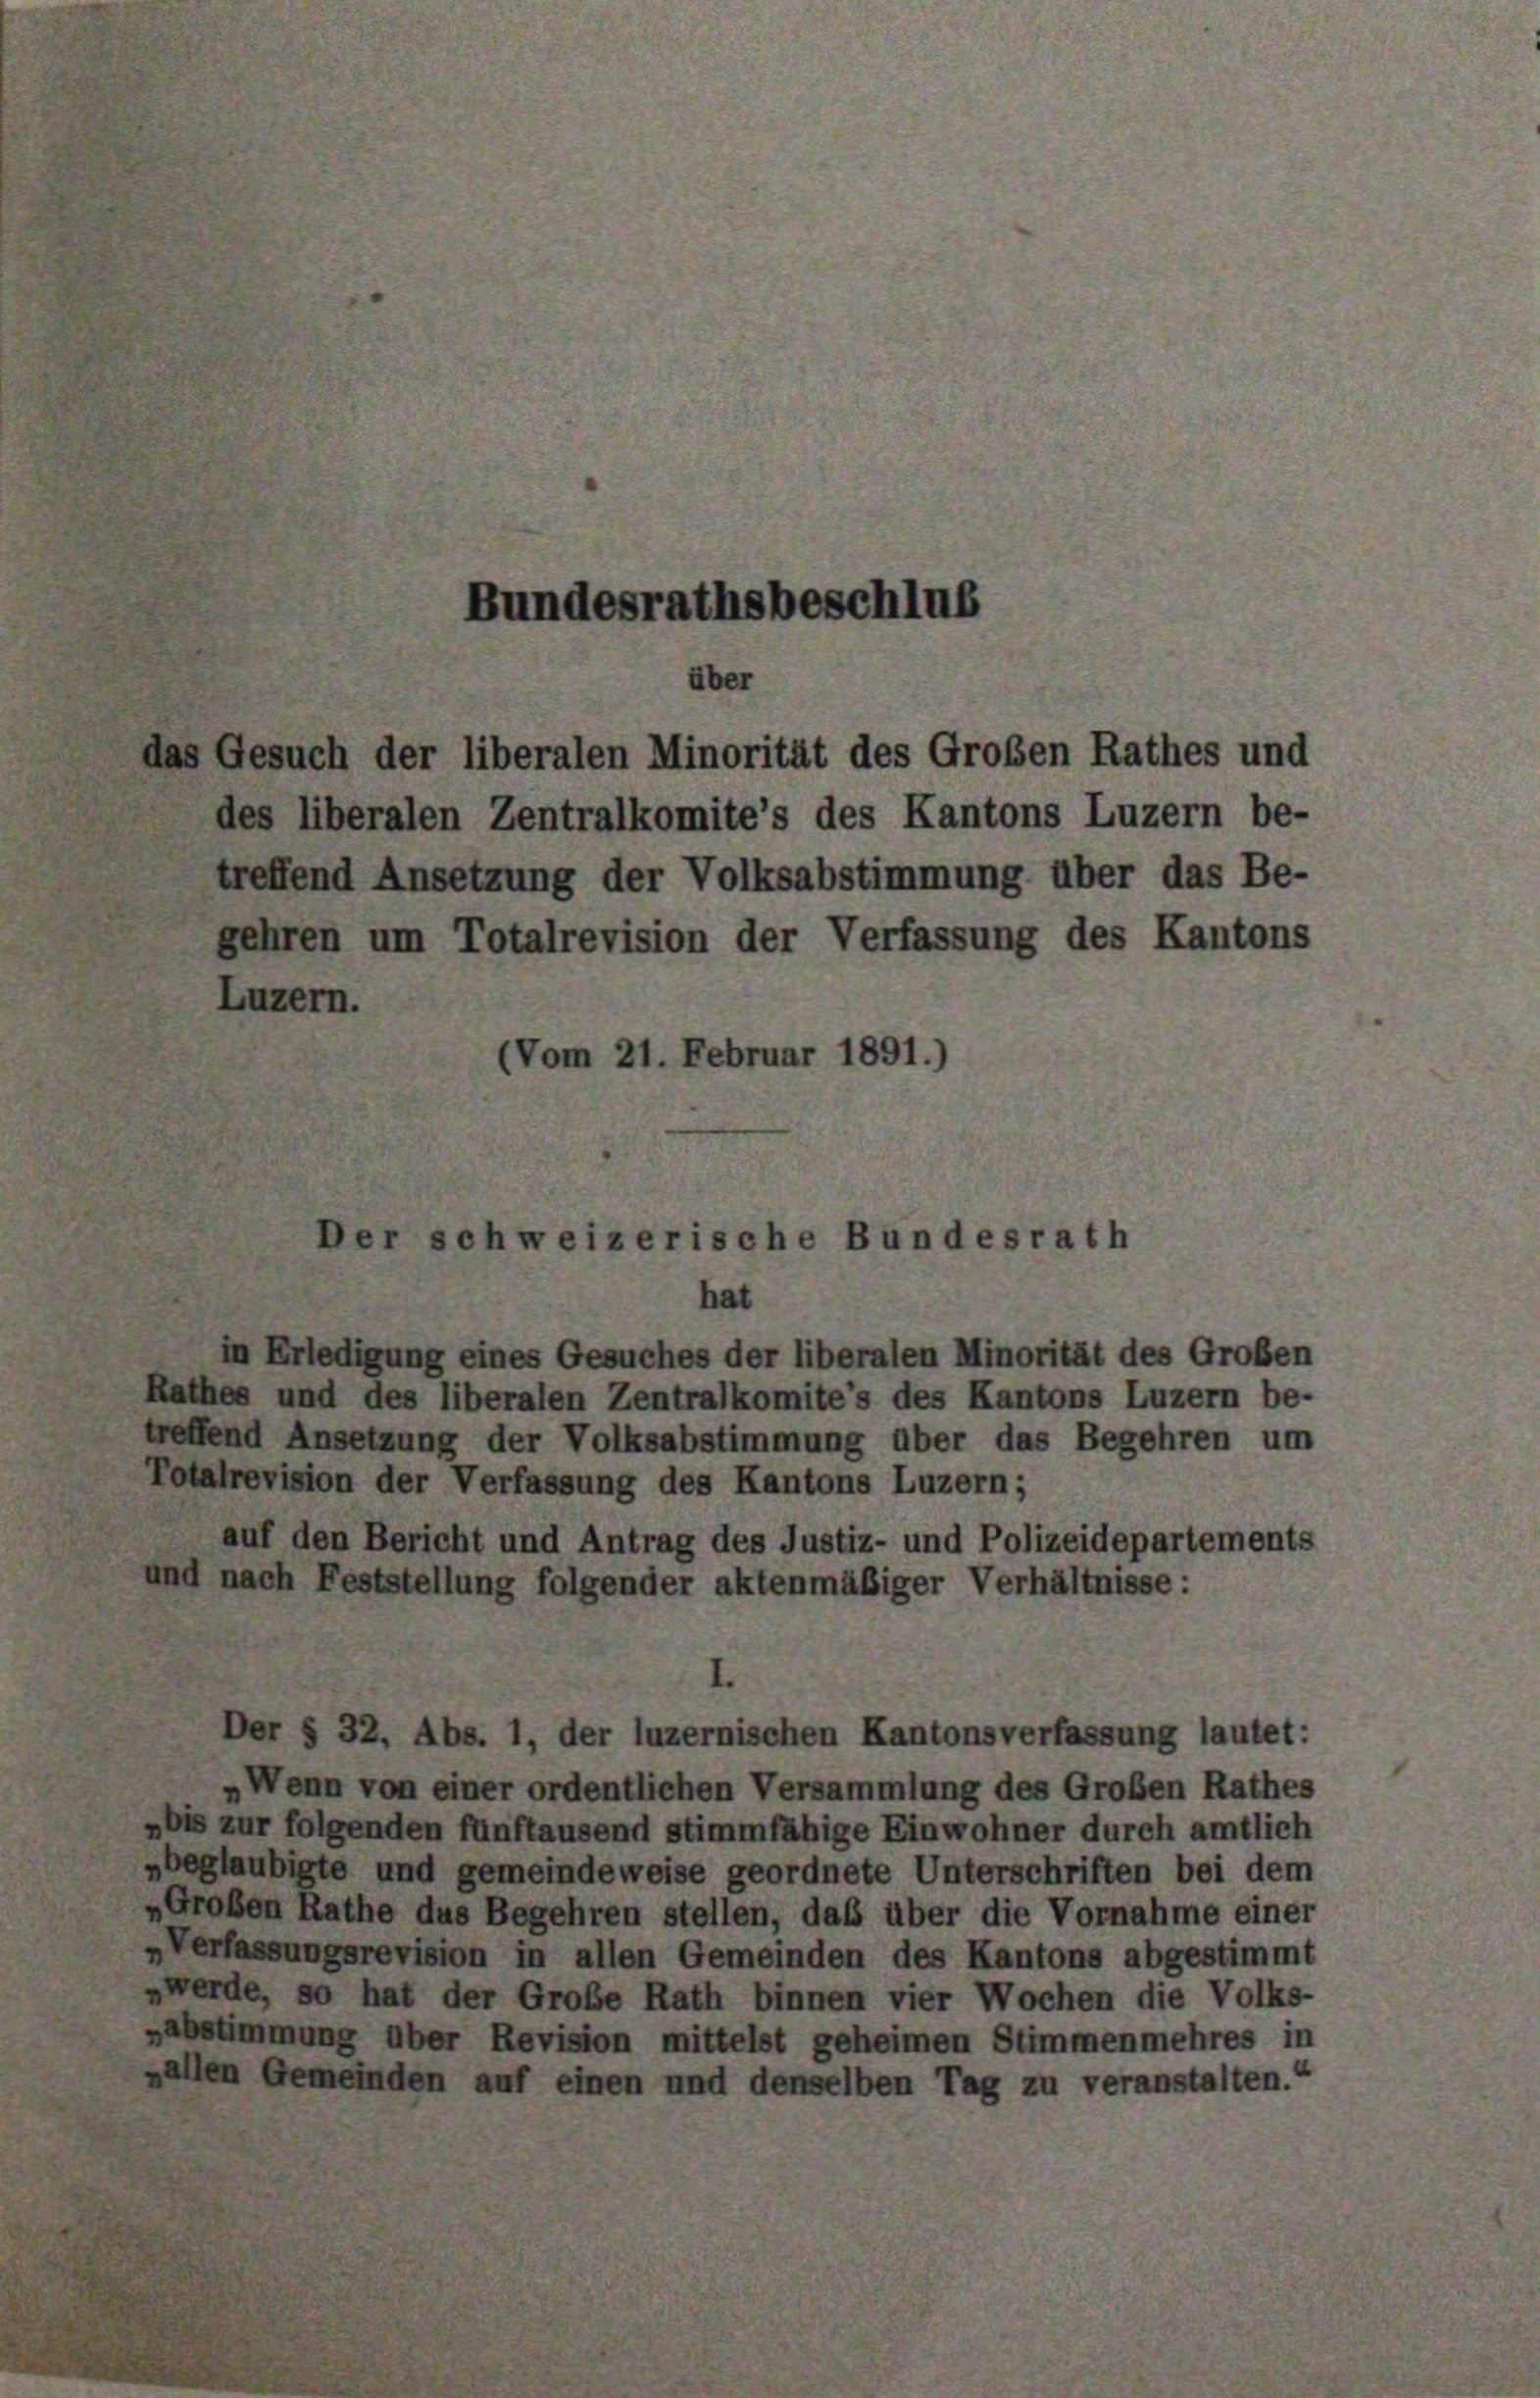
Luzern.

Bundesrathsbeschlus
über
das Gesuch der liberalen Minorität des Großen Rathes und

des liberalen Zentralkomite’s des Kantons Luzern be-
treffend Ansetzung der Volksabstimmung über das Be-
gehren um Totalrevision der Verfassung des Kantons
(Vom 21. Februar 1891.)

Der schweizerische Bundesrath
hat

in Erledigung eines Gesuches der liberalen Minorität des Großen
Rathes und des liberalen Zentralkomite’s des Kantons Luzern be-
treffend Ansetzung der Volksabstimmung über das Begehren um
Totalrevision der Verfassung des Kantons Luzern;
auf den Bericht und Antrag des Justiz- und Polizeidepartements
und nach Feststellung folgender aktenmäßiger Verhältnisse:
Der § 32. Abs. 1, der luzernischen Kantonsverfassung lautet:
„Wenn von einer ordentlichen Versammlung des Großen Rathes
„bis zur folgenden fünftausend stimmfähige Einwohner durch amtlich
„beglaubigte und gemeindeweise geordnete Unterschriften bei dem
„Großen Rathe dus Begehren stellen, daß über die Vornahme einer
„Verfassungsrevision in allen Gemeinden des Kantons abgestimmt
„werde, so hat der Große Rath binnen vier Wochen die Volks-
„abstimmung über Revision mittelst geheimen Stimmenmehres in
„allen Gemeinden auf einen und denselben Tag zu veranstalten.“